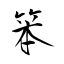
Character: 笨